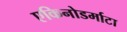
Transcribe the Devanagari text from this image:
एकिनोडर्माटा